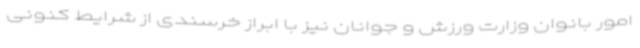
امور بانوان وزارت ورزش و جوانان نیز با ابراز خرسندی از شرایط کنونی